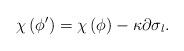
LaTeX: \begin{align*}\chi \left( \phi ^{\prime }\right) =\chi \left( \phi \right) -\kappa\partial \sigma _{l}. \end{align*}